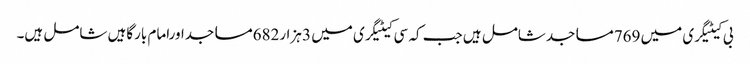
بی کیٹیگری میں 769مساجدشامل ہیں جب کہ سی کیٹیگری میں 3 ہزار682مساجداورامام بارگاہیں شامل ہیں۔